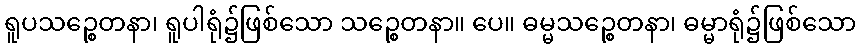
ရူပသဉ္စေတနာ၊ ရူပါရုံ၌ဖြစ်သော သဉ္စေတနာ။ ပေ။ ဓမ္မသဉ္စေတနာ၊ ဓမ္မာရုံ၌ဖြစ်သော